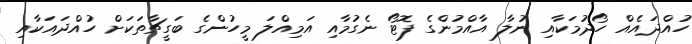
ހުއްދައެއް ހޯދުމަކާއި ނުލާ އާއްމުންގެ ފޮޓޯ ނެގުމާއި އަމިއްލަ މީހުންގެ ބަގީޗާތަކަށް ހުއްދައަކާއި